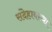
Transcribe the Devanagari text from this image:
संदेहावस्था